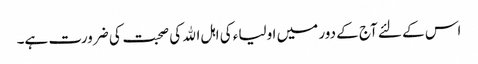
اس کے لئے آج کے دور میں اولیاء کی اہل اﷲ کی صحبت کی ضرورت ہے۔